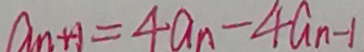
a _ { n + 1 } = 4 a _ { n } - 4 a _ { n - 1 }